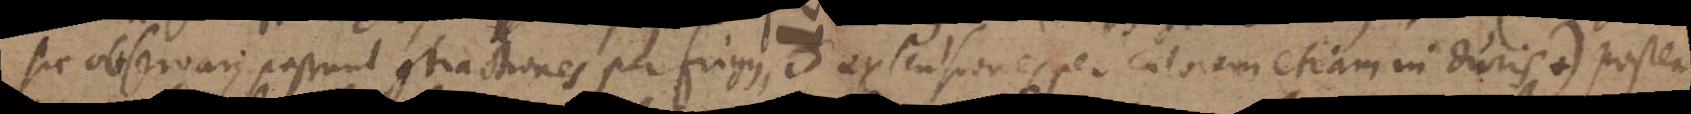
sic observari possunt contractiones per frigus, et extensiones per calorem etiam in duris +) postea